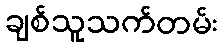
ချစ်သူသက်တမ်း